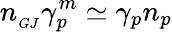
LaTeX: n_{_{GJ}}\gamma_{p}^{m}\simeq\gamma_{p}n_{p}